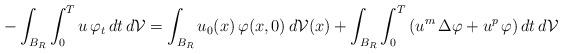
LaTeX: \begin{align*}-\int_{B_R} \int_0^T u \, \varphi_t \, dt \, d\mathcal{V} = \int_{B_R} u_0(x) \, \varphi(x,0) \, d\mathcal{V}(x) + \int_{B_R} \int_0^T \left( u^m \, \Delta \varphi + u^p \, \varphi \right) dt \, d\mathcal{V}\end{align*}